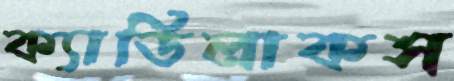
ক্যাডিলাকস